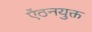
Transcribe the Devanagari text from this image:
ऐंठनयुक्त